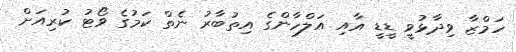
ހަމްޒާ ވިދާޅުވީ ޑީޑީ އާއި އަލްހާންގެ އިތުބާރު ނެތް ކަމުގެ ވޯޓު ކުރިއަށް